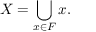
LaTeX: X = \bigcup _ { x \in F } x .